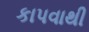
કાપવાથી